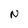
Character: N